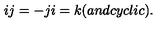
i j = - j i = k ( a n d c y c l i c ) .